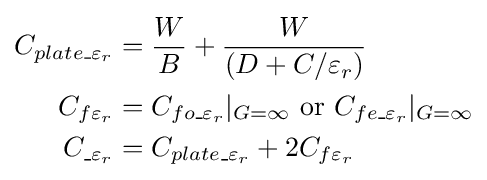
{\begin{aligned}C_{plate\_\varepsilon _{r}}&={\frac {W}{B}}+{\frac {W}{(D+C/\varepsilon _{r})}}\\C_{f\varepsilon _{r}}&=C_{fo\_\varepsilon _{r}}|_{G=\infty }{\text{ or }}C_{fe\_\varepsilon _{r}}|_{G=\infty }\\C_{\_\varepsilon _{r}}&=C_{plate\_\varepsilon _{r}}+2C_{f\varepsilon _{r}}\\\end{aligned}}